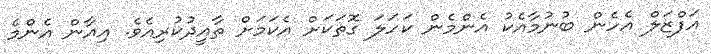
އަފްޒަލް އެހެން ބުނުމާއެކު އެންމެން ކަހަލަ ގޮތަކަށް އެކަމަށް ތާއީދުކުރިއެވެ. އިއާން އެންމެ